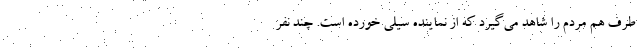
طرف هم مردم را شاهد می‌گیرد که از نماینده سیلی خورده است. چند نفر